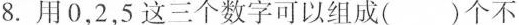
8.用0，2，5这三个数字可以组成()个不